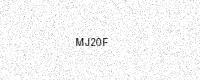
Text: MJ20F